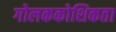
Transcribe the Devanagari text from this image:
गोलककोशिकता